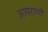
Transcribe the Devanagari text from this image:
आयराणी